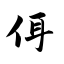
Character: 佴